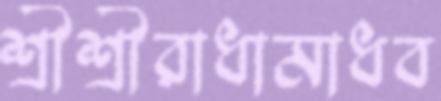
শ্রীশ্রীরাধামাধব